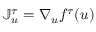
\mathbb { J } _ { u } ^ { \tau } = \nabla _ { u } f ^ { \tau } ( u )